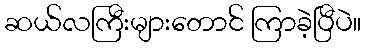
ဆယ်လကြီးများတောင် ကြာခဲ့ပြီပဲ။